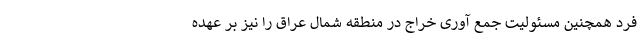
فرد همچنین مسئولیت جمع آوری خراج در منطقه شمال عراق را نیز بر عهده